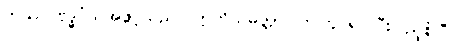
ကဿပဗုဒ္ဓဝံသအဖွင့်သည်။ ဣတိသမတ္တာ၊ ဤတွင်၍ ပြီးပြည့်စုံပြီ။